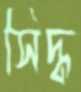
সিদ্ধ